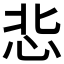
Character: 𢘠